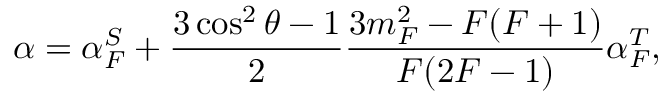
\alpha = \alpha _ { F } ^ { S } + \frac { 3 \cos ^ { 2 } \theta - 1 } { 2 } \frac { 3 m _ { F } ^ { 2 } - F ( F + 1 ) } { F ( 2 F - 1 ) } \alpha _ { F } ^ { T } ,